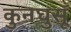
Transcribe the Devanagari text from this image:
कुनघुसूँ